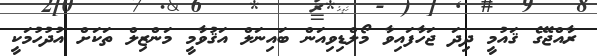
ރާއްޖޭގެ ޤައުމީ ދިދަ ޖަހާފައިވާ މޯލްޑިވިއަން ބައިނަލް އަޤުވާމީ މަންޒިލް ތަކަށް އުދުހުމަކީ